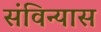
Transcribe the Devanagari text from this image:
संविन्यास